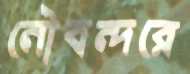
নৌবন্দরে